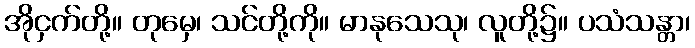
အိုငှက်တို့။ တုမှေ၊ သင်တို့ကို။ မာနုသေသု၊ လူတို့၌။ ပသံသန္တာ၊